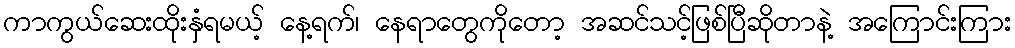
ကာကွယ်ဆေးထိုးနှံရမယ့် နေ့ရက်၊ နေရာတွေကိုတော့ အဆင်သင့်ဖြစ်ပြီဆိုတာနဲ့ အကြောင်းကြား